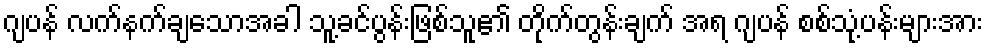
ဂျပန် လက်နက်ချသောအခါ သူ့ခင်ပွန်းဖြစ်သူ၏ တိုက်တွန်းချက် အရ ဂျပန် စစ်သုံ့ပန်းများအား